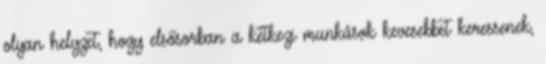
olyan helyzet, hogy elsősorban a kétkezi munkások kevesebbet keressenek,